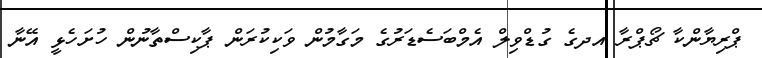
ޕްރިޔާންކާ ޗޯޕްރާ އދގެ ގުޑްވިލް އެމްބަސެޑަރުގެ މަގާމުން ވަކިކުރަން ޕާކިސްތާނުން ހުށަހެޅީ އޭނާ